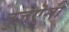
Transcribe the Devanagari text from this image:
तुजऎसी